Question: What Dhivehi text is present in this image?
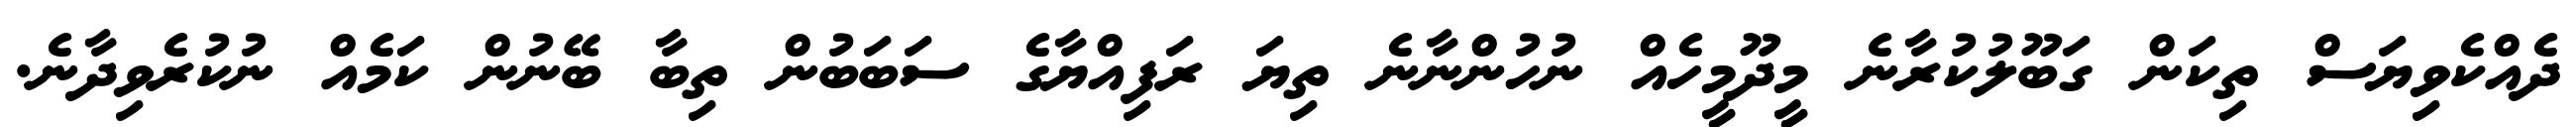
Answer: ދެއްކެވިޔަސް ތިކަން ގަބޫލުކުރާނެ މީދޫމީހެއް ނުހުންނާނެ ތިޔަ ރަފިއްޔާގެ ސަބަބުން ތިބާ ބޭނުން ކަމެއް ނުކުރެވިދާނެ.